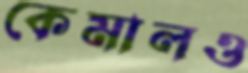
কেমালও